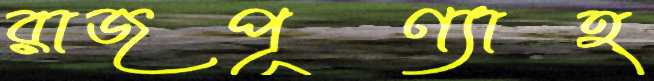
রাজপূণ্যাহ্